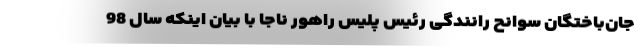
جان‌باختگان سوانح رانندگی رئیس پلیس راهور ناجا با بیان اینکه سال 98